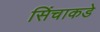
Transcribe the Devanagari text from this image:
सिंचाकडे